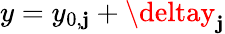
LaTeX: y=y_{0,\mathbf{j}}+\deltay_{\mathbf{j}}